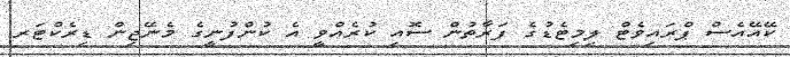
ކޭއޭއެސް ޕްރައިވެޓް ލިމިޓެޑުގެ ފަރާތުން ސޮއި ކުރެއްވީ އެ ކުންފުނީގެ މެނޭޖިން ޑިރެކްޓަރ